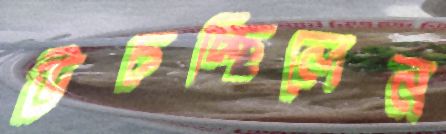
উচচ্ছিলেন